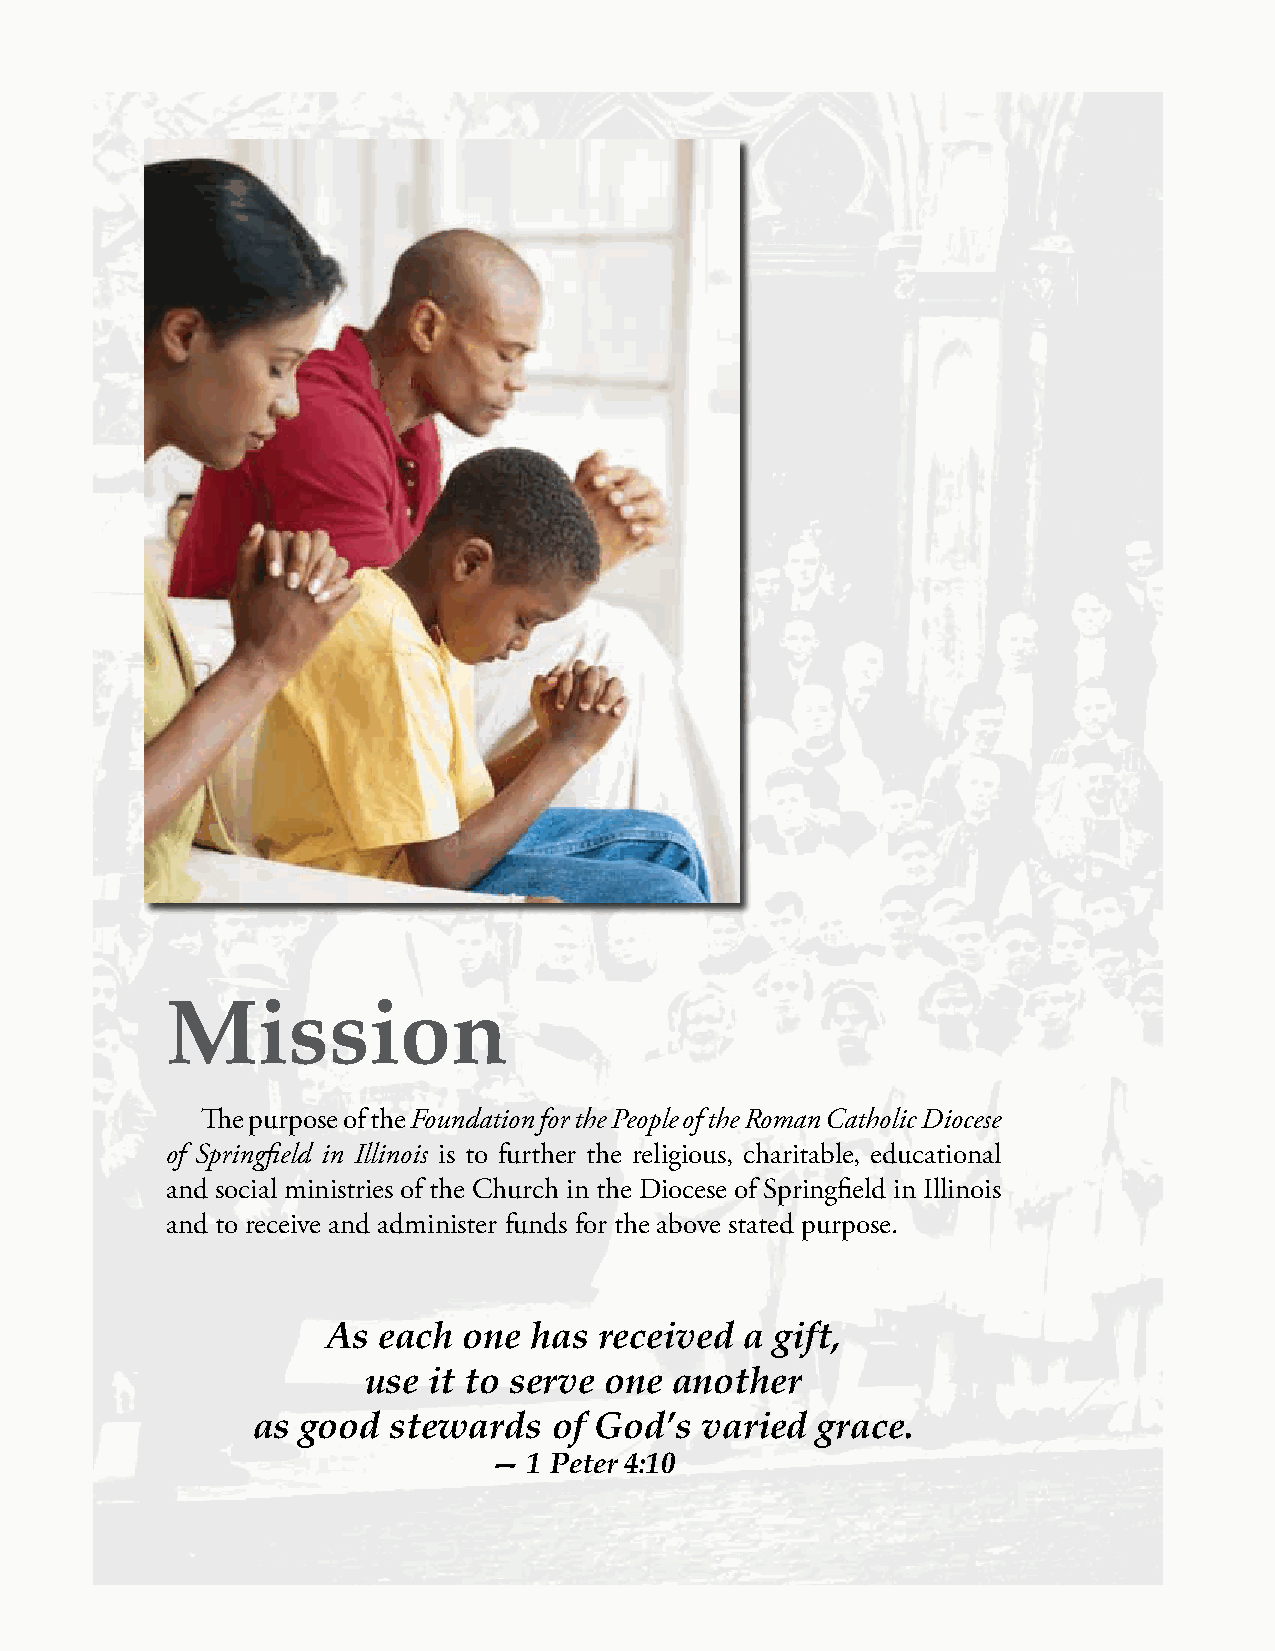
Mission
 The purpose of the Foundation for the People of the Roman Catholic Diocese
 of Springfield in Illinois is to further the religious, charitable, educational
 and social ministries of the Church in the Diocese of Springfield in Illinois
 and to receive and administer funds for the above stated purpose.
 As each  one has  received a gift,
 use it to serve one  another
 as good  stewards   of God’s varied  grace.
 — 1 Peter 4:10